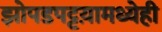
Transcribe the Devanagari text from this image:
झोपडपट्टय़ामध्येही